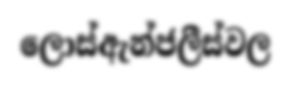
ලොස්ඇන්ජලීස්වල